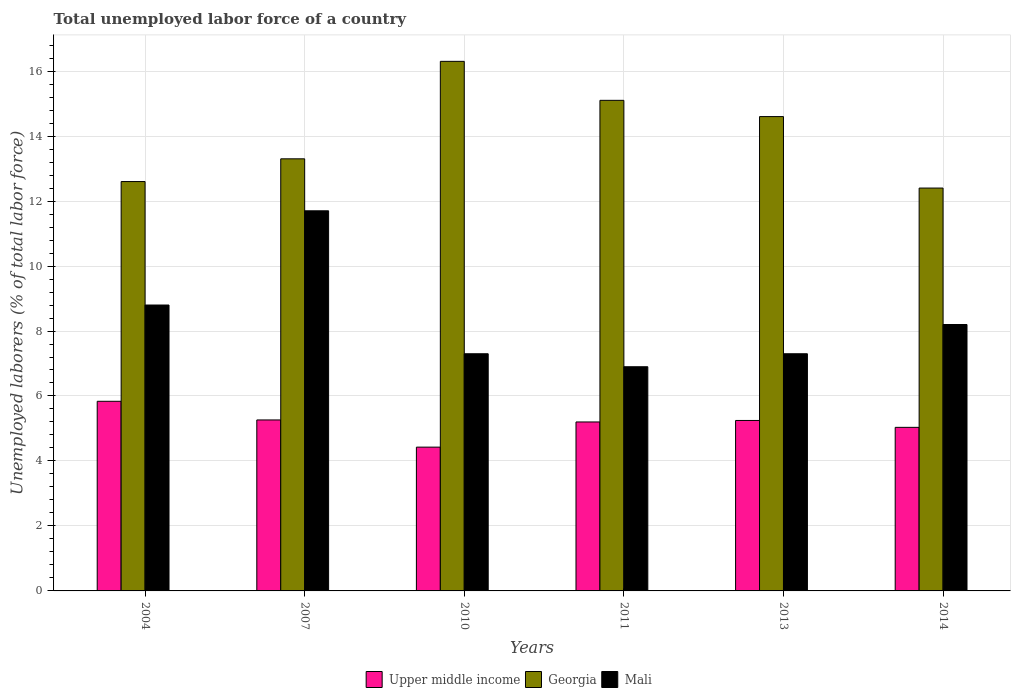
| Years | Upper middle income | Georgia | Mali |
 | --- | --- | --- | --- |
 | 2004 | 5.84 | 12.6 | 8.8 |
 | 2007 | 5.26 | 13.3 | 11.7 |
 | 2010 | 4.43 | 16.3 | 7.3 |
 | 2011 | 5.2 | 15.1 | 6.9 |
 | 2013 | 5.25 | 14.6 | 7.3 |
 | 2014 | 5.03 | 12.4 | 8.2 |